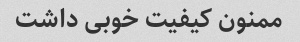
ممنون کیفیت خوبی داشت